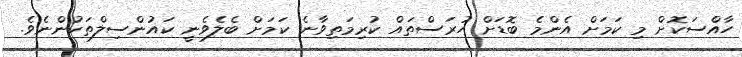
ހާއްސަކޮށް މި ކަމަށް އެންމެ ބޮޑަށް ހުރަސްތައް ކުރިމަތިވާނެ ކަމަށް ބެލެވެނީ ކައުންސިލްތަކުންނެވެ.